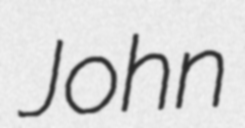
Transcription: John